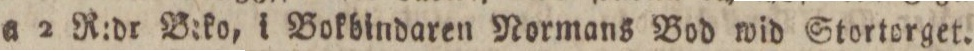
a 2 R:dr B:ko, i Bokbindaren Normans Bod wid Stortorget.